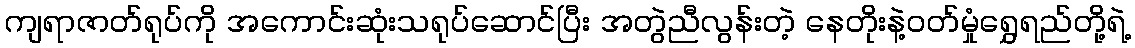
ကျရာဇာတ်ရုပ်ကို အကောင်းဆုံးသရုပ်ဆောင်ပြီး အတွဲညီလွန်းတဲ့ နေတိုးနဲ့ဝတ်မှုံရွှေရည်တို့ရဲ့